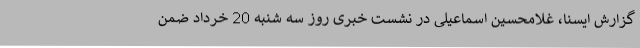
گزارش ایسنا، غلامحسین اسماعیلی در نشست خبری روز سه شنبه 20 خرداد ضمن